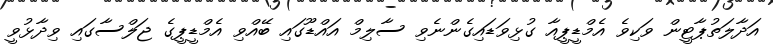
އަދާލަތުޕާޓީން ވަކިވެ އެމްޑީޕީއާ ގުޅިވަޑައިގެންނެވި ސާލިމް އައްޑޫގައި ބޭއްވި އެމްޑީޕީގެ ޖަލްސާގައި ވިދާޅުވީ